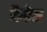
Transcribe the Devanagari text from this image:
कैरेस